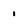
Character: 1